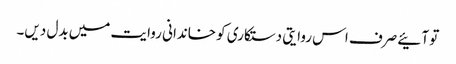
تو آئیے صرف اس روایتی دستکاری کو خاندانی روایت میں بدل دیں۔